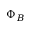
\Phi _ { B }